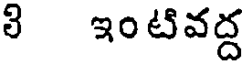
ి ఇంటివద్ద